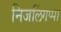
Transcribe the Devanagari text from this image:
निजलिंगप्पा